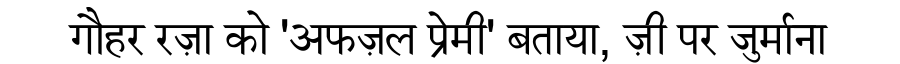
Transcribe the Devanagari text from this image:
गौहर रज़ा को 'अफज़ल प्रेमी' बताया, ज़ी पर जुर्माना